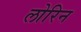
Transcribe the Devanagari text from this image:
लोरिन